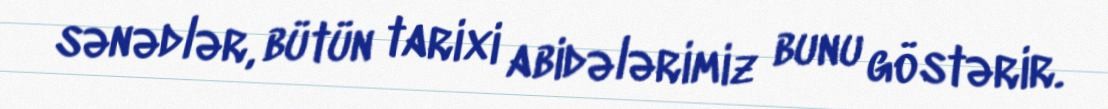
sənədlər, bütün tarixi abidələrimiz bunu göstərir.